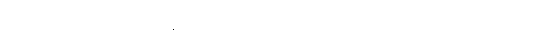
အတိုင်းအရှည်ကိုပြုကုန်၏ဟူ၍။ ပညာယ၊ ပညာ၌။ မတ္တသောကာရိနော၊